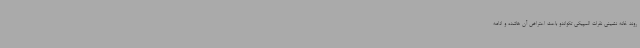
روند خانه نشینی نفرات المپیکی تکواندو باعث اعتراض آن هاشده و ادامه